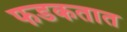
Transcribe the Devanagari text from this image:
फडकतात